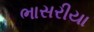
ભાસરીયા